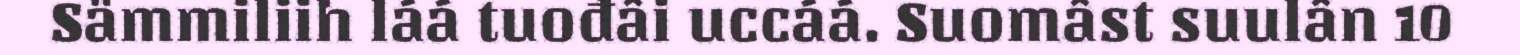
Sämmiliih láá tuođâi uccáá. Suomâst suulân 10